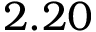
2 . 2 0